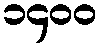
၁၄၀၀